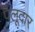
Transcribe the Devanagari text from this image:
पैलूदार